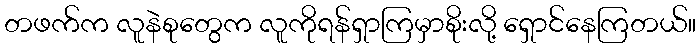
တဖက်က လူနဲစုတွေက လူကိုရန်ရှာကြမှာစိုးလို့ ရှောင်နေကြတယ်။